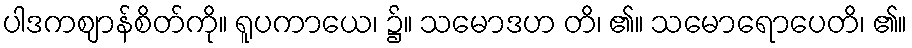
ပါဒကဈာန်စိတ်ကို။ ရူပကာယေ၊ ၌။ သမောဒဟ တိ၊ ၏။ သမောရောပေတိ၊ ၏။